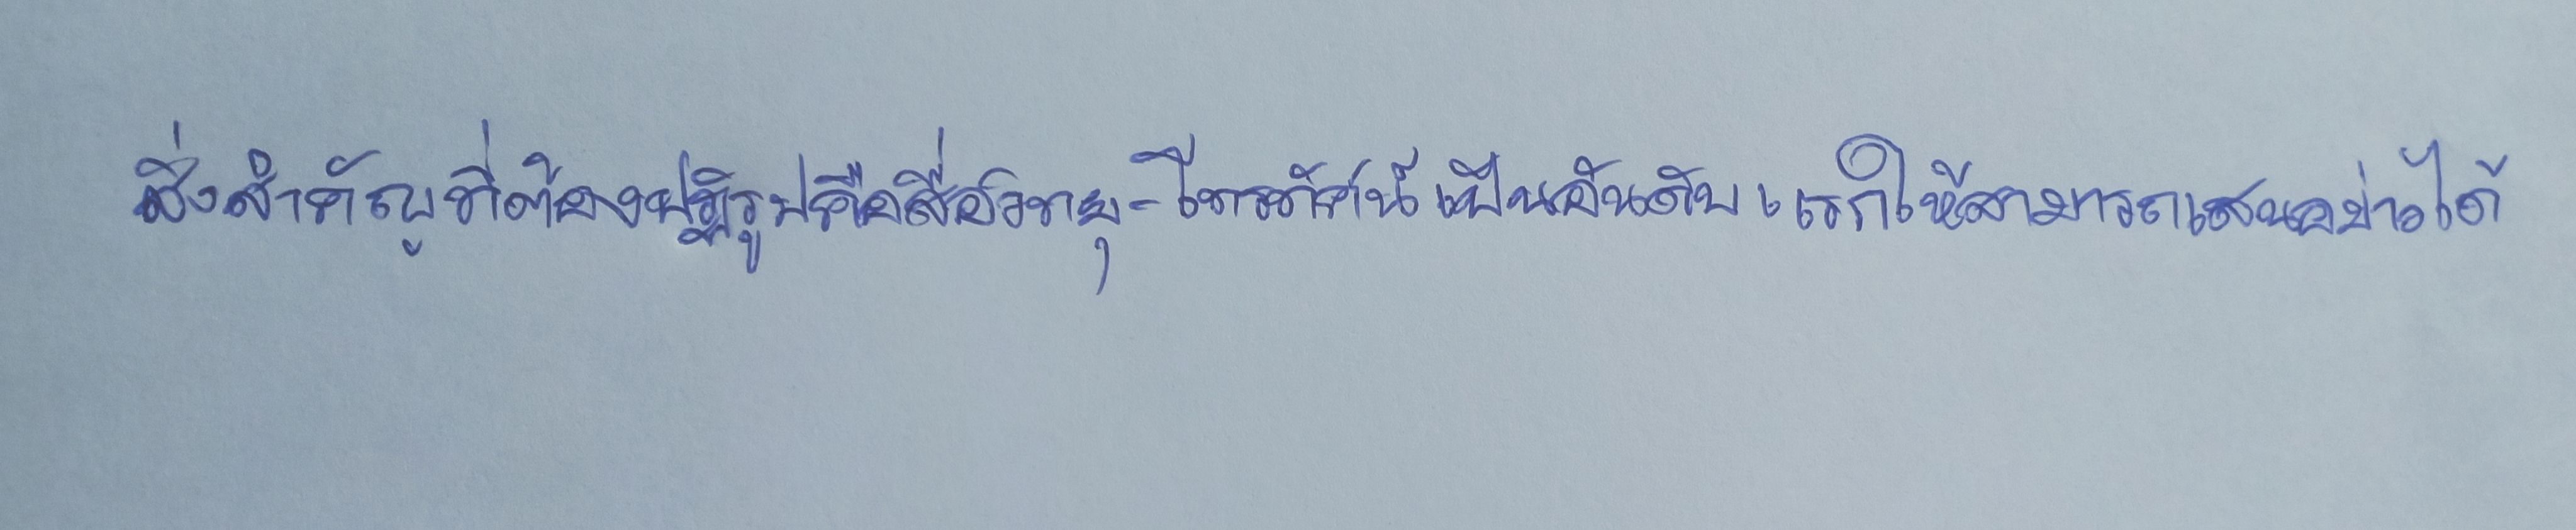
สิ่งสำคัญที่ต้องปฏิรูปคือสื่อวิทยุ-โทรทัศน์เป็นอันดับแรกให้สามารถเสนอข่าวได้